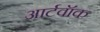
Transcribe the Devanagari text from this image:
आर्टवॉक